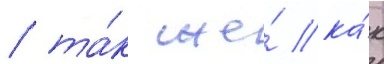
/ та́к же́ ка́к